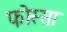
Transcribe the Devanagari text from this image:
फोस्सा